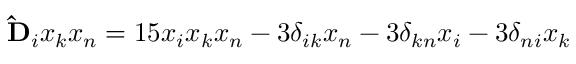
\mathbf { \hat { D } } _ { i } x _ { k } x _ { n } = 1 5 x _ { i } x _ { k } x _ { n } - 3 \delta _ { i k } x _ { n } - 3 \delta _ { k n } x _ { i } - 3 \delta _ { n i } x _ { k }